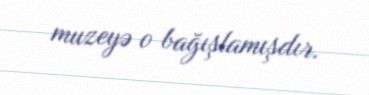
muzeyə o bağışlamışdır.